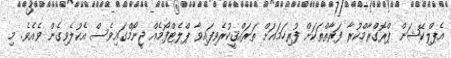
އެޕްލިކޭޝަން ޕްރޮގްރާމްކުރާ ފަރާތްތަކަށް ފުރިހަމައަށް ތަރައްޤީކުރެވިފައިވާ ޕްލެޓްފޯމެއް ޖީނޯމްގައިވެސް އެކުލެވިގެން ވެއެވެ. މި